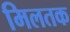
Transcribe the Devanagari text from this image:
मिलतक